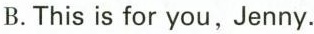
B. This is for you,Jenny.